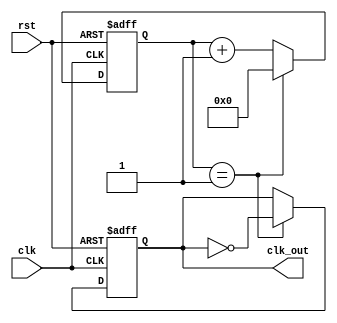
module ClockDivider #(
    parameter DIV_FACTOR = 2,  // Division factor for the clock
    parameter WIDTH = 8         // Bit-width for the counter
)(
    input wire clk,             // Input clock signal
    input wire rst,             // Asynchronous reset signal
    output reg clk_out          // Divided clock output
);

    // Counter variable
    reg [WIDTH-1:0] counter;

    // Always block for clock division
    always @(posedge clk or posedge rst) begin
        if (rst) begin
            // Reset the counter and output clock
            counter <= 0;
            clk_out <= 0;
        end else begin
            // Increment the counter
            if (counter == DIV_FACTOR - 1) begin
                // Reset the counter and toggle the output clock
                counter <= 0;
                clk_out <= ~clk_out;
            end else begin
                // Increment the counter
                counter <= counter + 1;
            end
        end
    end

endmodule